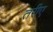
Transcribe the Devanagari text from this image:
तरीए